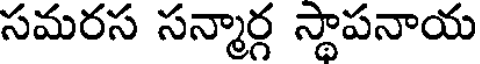
సమరస సన్మార్గ స్థాపనాయ